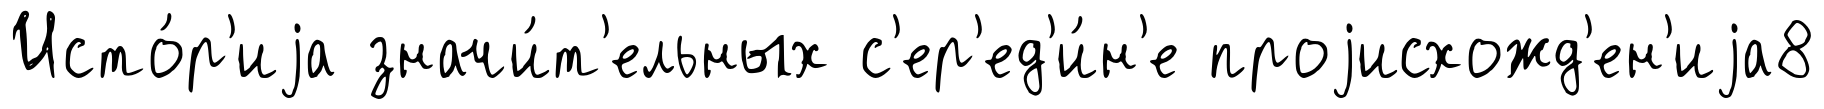
Исто́р'иjа значи́т'ельных с'ер'ед'и́н'е проjисхожд'ен'иjа8